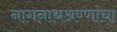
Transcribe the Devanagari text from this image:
नागनाथअण्णांचा